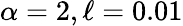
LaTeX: \alpha=2,\ell=0.01